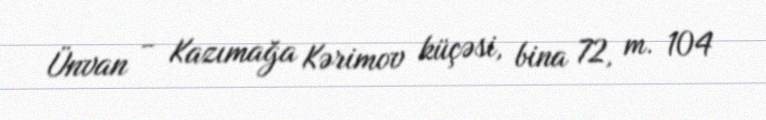
Ünvan - Kazımağa Kərimov küçəsi, bina 72, m. 104